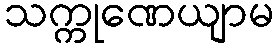
သက္ကုဏေယျာမ